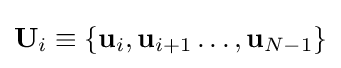
\mathbf {U} _{i}\equiv \{\mathbf {u} _{i},\mathbf {u} _{i+1}\dots ,\mathbf {u} _{N-1}\}